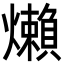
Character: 㸊